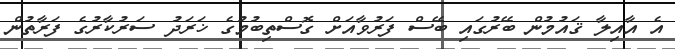
އެ އާއިލާ ޤައުމުން ބޭރުގައި ބޭސް ފަރުވާއަށް ގޮސްތިބުމުގެ ޚަރަދު ސަރުކާރުގެ ފަރާތުން